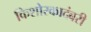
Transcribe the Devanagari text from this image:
किशोरकादंबरी